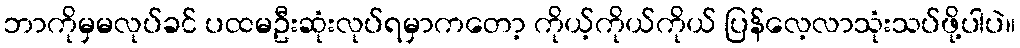
ဘာကိုမှမလုပ်ခင် ပထမဦးဆုံးလုပ်ရမှာကတော့ ကိုယ့်ကိုယ်ကိုယ် ပြန်လေ့လာသုံးသပ်ဖို့ပါပဲ။